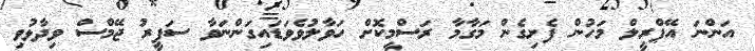
އަންނަ އޭޕްރީލް މަހުން ފެށިގެން މަގާމާ ރަސްމީކޮށް ހަވާލުވެވަޑައިގަންނަވާ ސަފީރު ޖޭމްސް ވިދާޅުވި